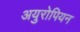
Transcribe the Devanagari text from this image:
अयुरोपियन